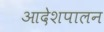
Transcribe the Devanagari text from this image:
आदेशपालन